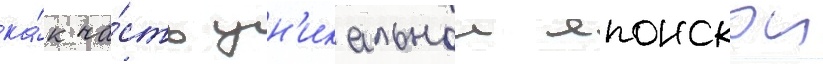
ка́к ча́сть ун'икальнои японскои